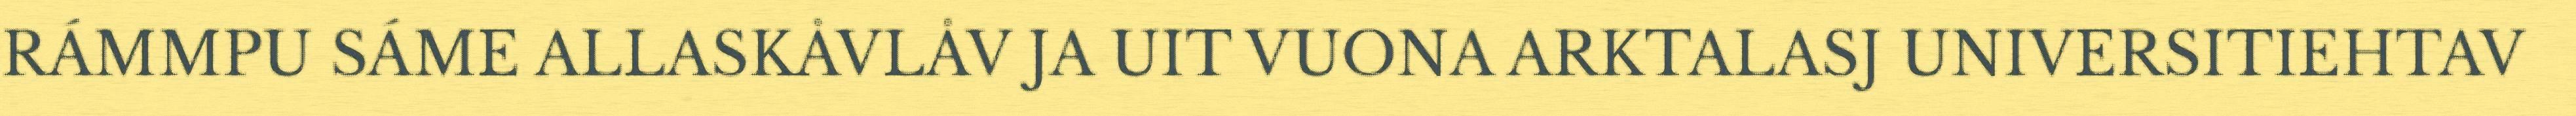
RÁMMPU SÁME ALLASKÅVLÅV JA UIT VUONA ARKTALASJ UNIVERSITIEHTAV